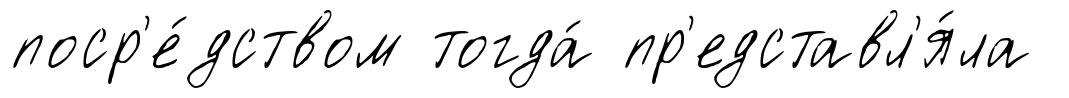
поср'е́дством тогда́ пр'едставл'я́ла